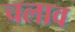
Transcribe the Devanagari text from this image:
चलाव